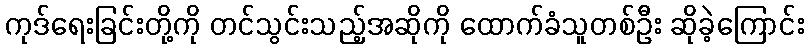
ကုဒ်ရေးခြင်းတို့ကို တင်သွင်းသည့်အဆိုကို ထောက်ခံသူတစ်ဦး ဆိုခဲ့ကြောင်း